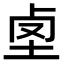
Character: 𡋪